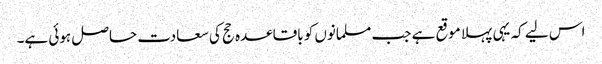
اس لیے کہ یہی پہلا موقع ہے جب مسلمانوں کو باقاعدہ حج کی سعادت حاصل ہوئی ہے۔